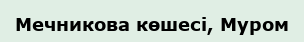
Мечникова көшесі, Муром